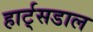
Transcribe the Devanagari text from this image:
हार्ट्‌सडाल